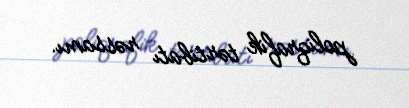
poliqrafik tərtibatı rəssamı.